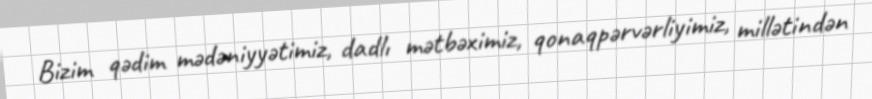
Bizim qədim mədəniyyətimiz, dadlı mətbəximiz, qonaqpərvərliyimiz, millətindən